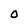
Character: 0